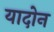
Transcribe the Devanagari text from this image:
यादोन